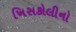
ખિસકોલીનો